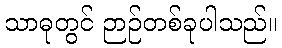
သာဓုတွင် ဉာဉ်တစ်ခုပါသည်။